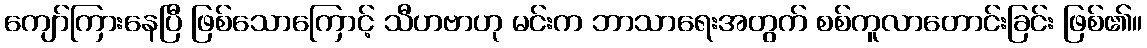
ကျော်ကြားနေပြီ ဖြစ်သောကြောင့် သီဟဗာဟု မင်းက ဘာသာရေးအတွက် စစ်ကူလာတောင်းခြင်း ဖြစ်၏။